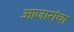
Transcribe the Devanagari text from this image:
आजारांचा